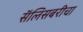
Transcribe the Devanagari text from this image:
सॅलिसबरीचा